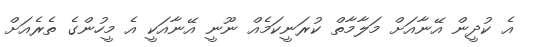
އެ ކުދީން އޭނާއަށް މަލާމާތް ކުރަނީކަމެއް ނޫނީ އޭނާއަކީ އެ މީހުންގެ ތެރެއަށް